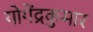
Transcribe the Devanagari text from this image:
योगेंद्रकुमार